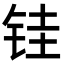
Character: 𫓯